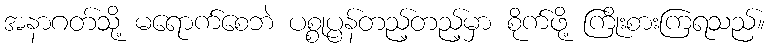
အနာဂတ်သို့ မရောက်စေဘဲ ပစ္စုပ္ပန်တည့်တည့်မှာ စိုက်ဖို့ ကြိုးစားကြရသည်။